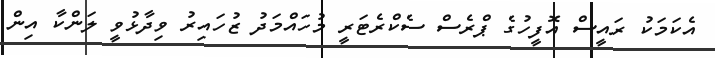
އެކަމަކު ރައީސް އޮފީހުގެ ޕްރެސް ސެކްރެޓަރީ މުހައްމަދު ޒުހައިރު ވިދާޅުވީ ލަންކާ އިން